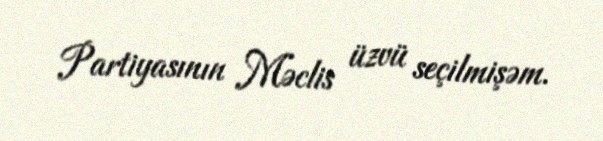
Partiyasının Məclis üzvü seçilmişəm.